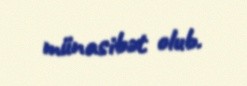
münasibət olub.